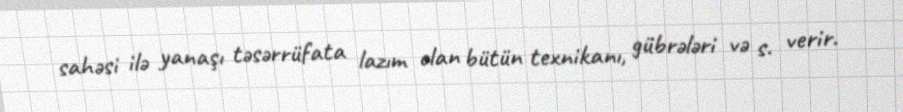
sahəsi ilə yanaşı təsərrüfata lazım olan bütün texnikanı, gübrələri və s. verir.